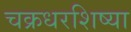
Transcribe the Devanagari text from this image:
चक्रधरशिष्या